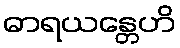
ဓာရယန္တေဟိ